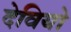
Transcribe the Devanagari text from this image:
देवियो